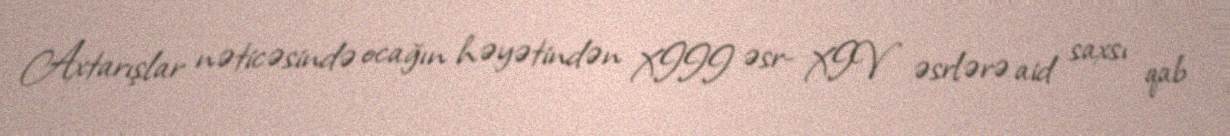
Axtarışlar nəticəsində ocağın həyətindən XIII əsr- XIV əsrlərə aid saxsı qab